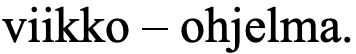
viikko – ohjelma.